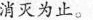
消灭为止。